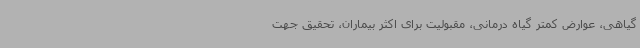
گیاهی، عوارض کمتر گیاه درمانی، مقبولیت برای اکثر بیماران، تحقیق جهت